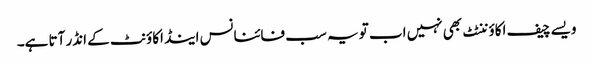
ویسے چیف اکاؤننٹٹ بھی نہیں اب تو یہ سب فائنانس اینڈ اکاؤنٹ کے انڈر آتا ہے۔